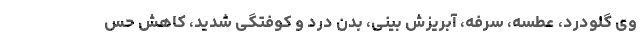
وی گلودرد، عطسه، سرفه، آبریزش بینی، بدن درد و کوفتگی شدید، کاهش حس